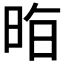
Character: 𭥷